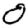
Digit: 0